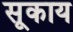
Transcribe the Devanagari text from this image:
सूकाय